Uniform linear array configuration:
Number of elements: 24
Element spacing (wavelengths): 0.5
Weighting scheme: binomial
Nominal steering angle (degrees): -30
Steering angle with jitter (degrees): -30.849
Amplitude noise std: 0.05
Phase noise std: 0.05

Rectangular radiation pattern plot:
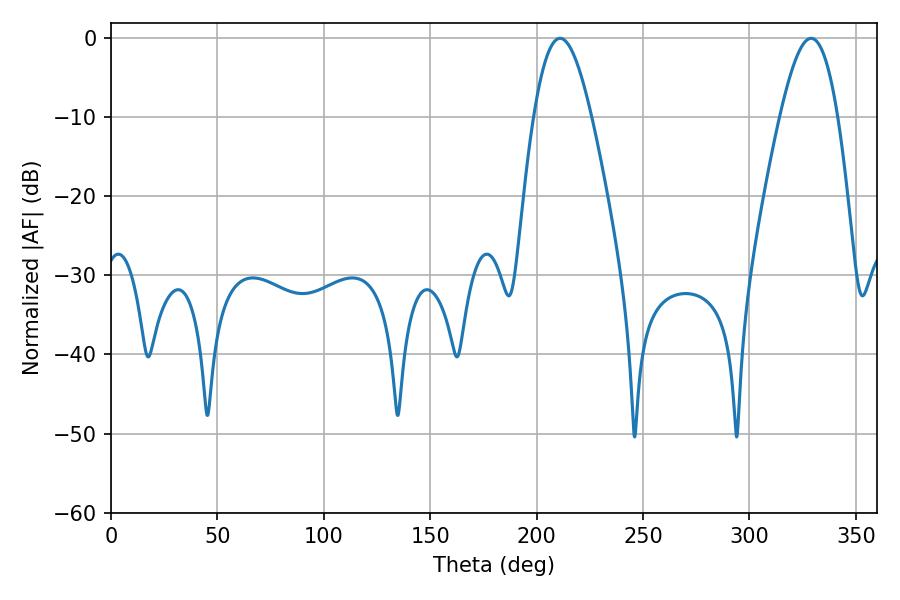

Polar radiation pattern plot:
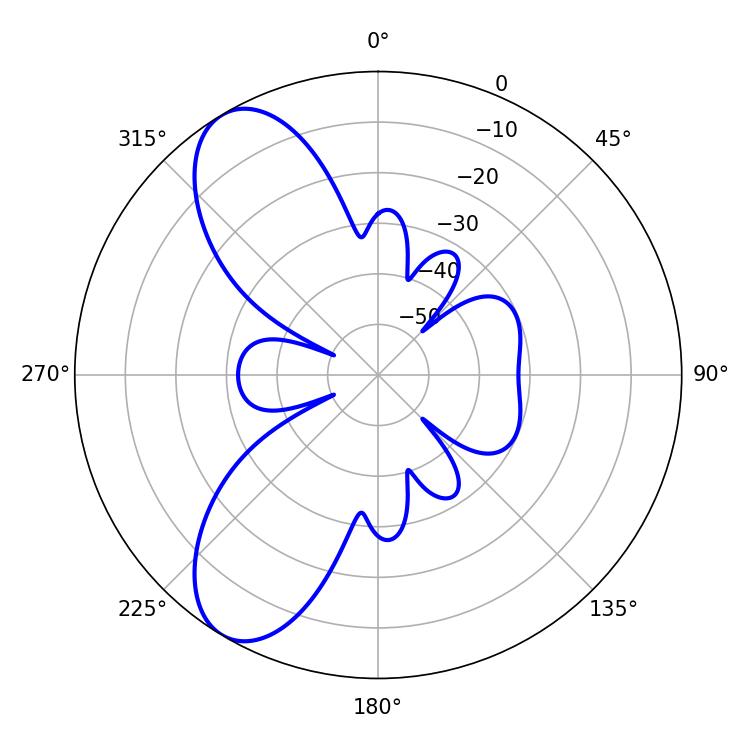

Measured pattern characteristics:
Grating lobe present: FALSE
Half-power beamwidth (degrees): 14.76
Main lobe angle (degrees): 210.96